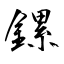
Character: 鏍